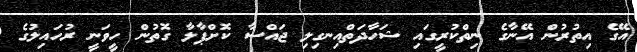
އޭގެ އިތުރުން އޭނާގެ ނިތްކުރީގައި ޝަހާދަތްއިނގިލި ޖައްސާ ކޮށްޕާލާ ގޮތުން ހީވަނީ ރުހައިލުގެ